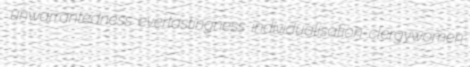
unwarrantedness everlastingness individualisation clergywomen